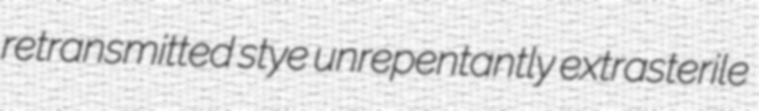
retransmitted stye unrepentantly extrasterile